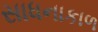
સાધનાકાળ